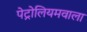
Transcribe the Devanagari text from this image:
पेट्रोलियमवाला